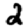
Digit: 2